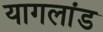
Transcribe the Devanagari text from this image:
यागलांड